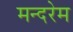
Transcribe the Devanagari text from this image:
मन्दरेम